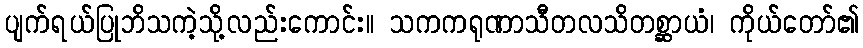
ပျက်ရယ်ပြုဘိသကဲ့သို့လည်းကောင်း။ သကကရုဏာသီတလသိတစ္ဆာယံ၊ ကိုယ်တော်၏